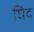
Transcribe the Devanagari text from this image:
घिद